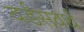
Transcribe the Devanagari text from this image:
वर्डसवर्थ